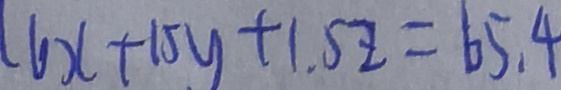
1 6 x + 1 5 y + 1 . 5 z = 6 5 . 4